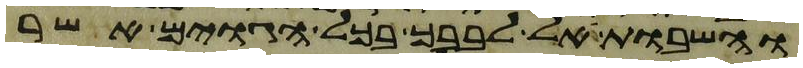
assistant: והשבות אל לבבך בכל הגוים אשר